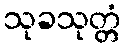
သုခသုတ္တံ